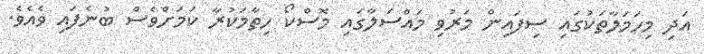
އަދި މިހަމަލާތަކުގައި ސިފައިން މަރުވި މައްސަލާގައި މޮސްކޯ ހިތާމަކުރާ ކަމަށްވެސް ބުނެފައި ވެއެވެ.